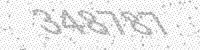
Solution: 348787